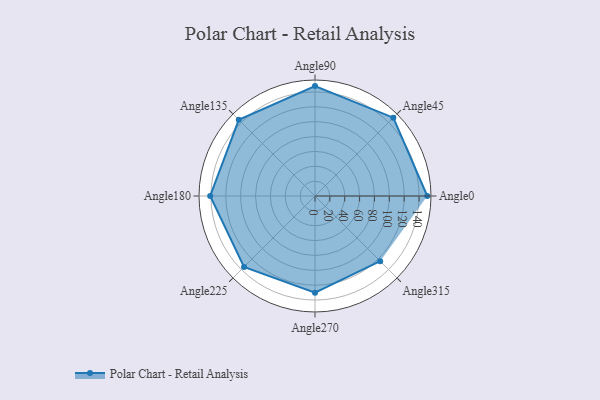
{"axis": {"x": "Angle", "y": "Radius"}, "legend": [""], "data": [{"x": "Angle0", "y": 151.0, "type": ""}, {"x": "Angle45", "y": 149.0, "type": ""}, {"x": "Angle90", "y": 148.0, "type": ""}, {"x": "Angle135", "y": 145.0, "type": ""}, {"x": "Angle180", "y": 141.0, "type": ""}, {"x": "Angle225", "y": 135.0, "type": ""}, {"x": "Angle270", "y": 130.0, "type": ""}, {"x": "Angle315", "y": 124.0, "type": ""}]}